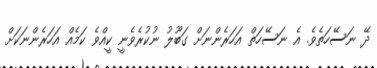
ދޭ ނަސޭހަތެވެ. އެ ނަސޭހަތް އަހަރެންނަށް ގަބޫލު ނުކުރެވެނީ ކީއްވެ ކަމެއް އަހަރެންނަކަށް